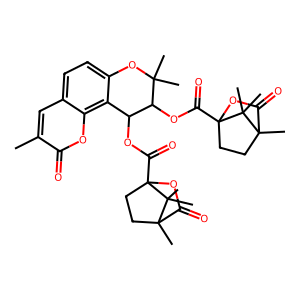
SMILES: Cc1cc2ccc3c(c2oc1=O)C(OC(=O)C12CCC(C)(C(=O)O1)C2(C)C)C(OC(=O)C12CCC(C)(C(=O)O1)C2(C)C)C(C)(C)O3
Inhibits HIV replication: Yes